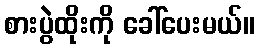
စားပွဲထိုးကို ခေါ်ပေးမယ်။